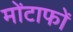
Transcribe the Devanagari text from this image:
मोंटाफों